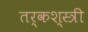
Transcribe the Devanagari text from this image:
तर्कश्स्त्री